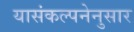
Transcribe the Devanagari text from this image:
यासंकल्पनेनुसार